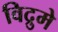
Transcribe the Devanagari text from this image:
विद्रुमे